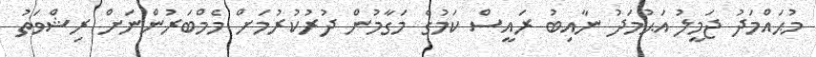
މުޙައްމަދު ޖަމީލު އަޙުމަދު ނާއިބު ރައީސް ކަމުގެ މަގާމުން ދުރުކުރުމަށް މެމްބަރުންނަށް ރިޝްވަތު